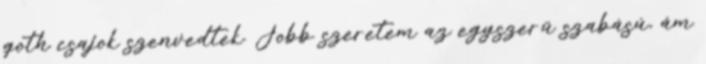
goth csajok szenvedtek. Jobb szeretem az egyszerű szabású, ám